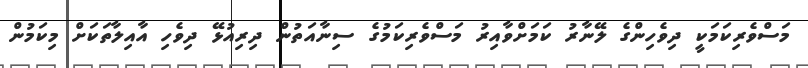
މަސްވެރިކަމަކީ ދިވެހިންގެ ލޭނާރު ކަމަށްވާއިރު މަސްވެރިކަމުގެ ސިނާއަތުން ދިރިއުޅޭ ދިވެހި އާއިލާތަކަށް މިކަމުން